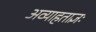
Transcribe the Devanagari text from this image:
अव्याहताज्ञः